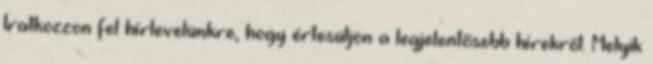
Iratkozzon fel hírlevelünkre, hogy értesüljön a legjelentősebb hírekről. Melyik